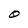
Character: O